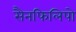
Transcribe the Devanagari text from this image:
सैनफिलिपो